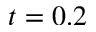
t = 0 . 2